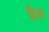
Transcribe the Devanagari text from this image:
फैरू